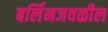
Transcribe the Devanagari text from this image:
बर्लिनजवळील